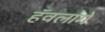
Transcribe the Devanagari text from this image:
हॅवलांगे